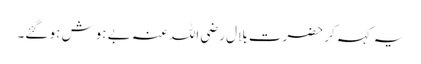
یہ کہہ کر حضرت بلال رضی اللہ عنہ بے ہوش ہو گئے۔